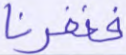
فغفرنا